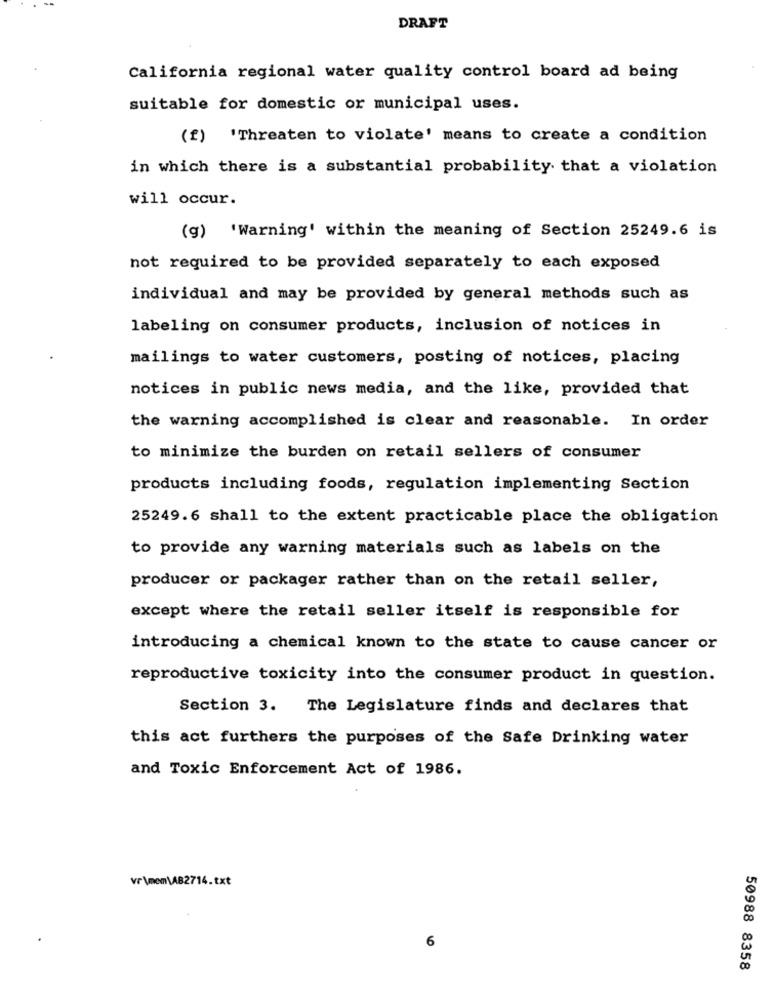
DRAFT
California regional water quality control board ad being
suitable for domestic or municipal uses.
(f) 'Threaten to violate' means to create a condition
in which there is a substantial probability that a violation
will occur.
(g) 'Warning' within the meaning of Section 25249.6 is
not required to be provided separately to each exposed
individual and may be provided by general methods such as
labeling on consumer products, inclusion of notices in
mailings to water customers, posting of notices, placing
notices in public news media, and the like, provided that
the warning accomplished is clear and reasonable. In order
to minimize the burden on retail sellers of consumer
products including foods, regulation implementing Section
25249.6 shall to the extent practicable place the obligation
to provide any warning materials such as labels on the
producer or packager rather than on the retail seller,
except where the retail seller itself is responsible for
introducing a chemical known to the state to cause cancer or
reproductive toxicity into the consumer product in question.
Section 3. The Legislature finds and declares that
this act furthers the purposes of the Safe Drinking water
and Toxic Enforcement Act of 1986.
vr\mom\AB2714.txt
6
50988 8358